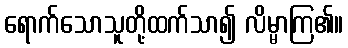
ရောက်သောသူတို့ထက်သာ၍ လိမ္မာကြ၏။